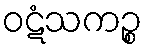
ဝဋံသကဉ္စ